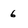
Character: 6